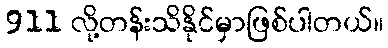
911 လို့တန်းသိနိုင်မှာဖြစ်ပါတယ်။